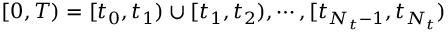
[ 0 , T ) = [ t _ { 0 } , t _ { 1 } ) \cup [ t _ { 1 } , t _ { 2 } ) , \cdots , [ t _ { N _ { t } - 1 } , t _ { N _ { t } } )